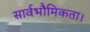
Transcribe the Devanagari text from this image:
सार्वभौमिकता।